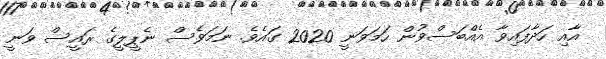
އާއި ހަދާފައިވާ އެއްބަސްވުން ހަމަވަނީ 2020 ގައެވެ. ނަމަވެސް ނެޕީލީގެ ރައީސް ވަނީ